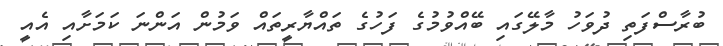
ބުރާސްފަތި ދުވަހު މާލޭގައި ބޭއްވުމުގެ ފަހުގެ ތައްޔާރީތައް ވަމުން އަންނަ ކަމަށާއި އެއީ